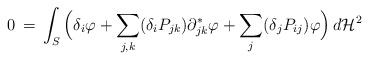
\begin{align*}0 \,=\, \int_S \Big(\delta_i \varphi + \sum_{j,k}(\delta_i P_{jk})\partial^*_{jk}\varphi + \sum_j(\delta_j P_{ij})\varphi\Big)\,d\mathcal H^2\end{align*}